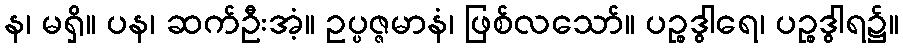
န၊ မရှိ။ ပန၊ ဆက်ဦးအံ့။ ဥပ္ပဇ္ဇမာနံ၊ ဖြစ်လသော်။ ပဉ္စဒွါရေ၊ ပဉ္စဒွါရ၌။